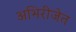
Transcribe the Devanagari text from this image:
अभिरीजेत